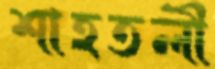
শাহতলী